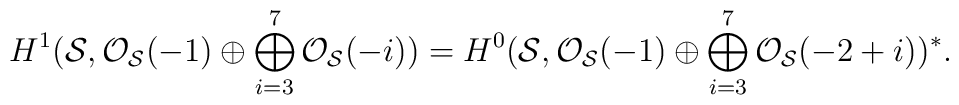
H^{1} ({\cal S}, {\cal O}_{{\cal S}}(-1) \oplus\bigoplus_{i=3}^{7} {\cal O}_{{\cal S}}(-i))=H^{0} ({\cal S}, {\cal O}_{{\cal S}}(-1) \oplus\bigoplus_{i=3}^{7} {\cal O}_{{\cal S}}(-2+i))^{*}.